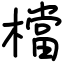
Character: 檔